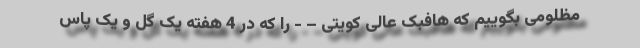
مظلومی بگوییم که هافبک عالی کویتی – - را که در 4 هفته یک گل و یک پاس